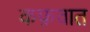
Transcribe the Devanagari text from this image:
कफ़वात